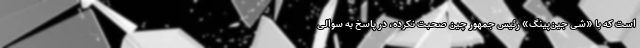
است که با «شی جین‌پینگ» رئیس جمهور چین صحبت نکرده، در پاسخ به سوالی